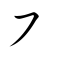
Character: ㇇